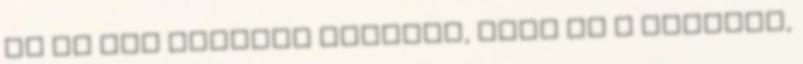
és ez szó szerint értendő, mert az a helyzet,